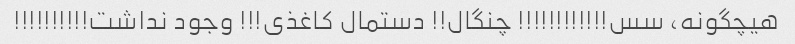
هیچگونه، سس!!!!!!!!!!!! چنگال!! دستمال کاغذى!!! وجود نداشت!!!!!!!!!!